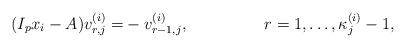
LaTeX: \begin{align*}(I_px_i-A)v_{r,j}^{(i)}=&-v_{r-1,j}^{(i)}, & r&=1,\dots,\kappa_j^{(i)}-1,\end{align*}